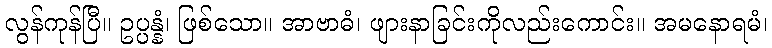
လွန်ကုန်ပြီ။ ဥပ္ပန္နံ၊ ဖြစ်သော။ အာဗာဓံ၊ ဖျားနာခြင်းကိုလည်းကောင်း။ အမနောရမံ၊